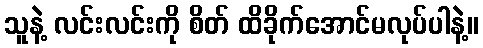
သူနဲ့ လင်းလင်းကို စိတ် ထိခိုက်အောင်မလုပ်ပါနဲ့။